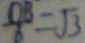
\frac { O B } { 6 } = \sqrt { 3 }